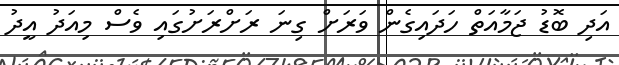
އަދި ބޮޑު ޖަމާއަތް ހަދައިގެން ވަރަށް ގިނަ ރަށްރަށުގައި ވެސް މިއަދު އީދު